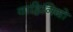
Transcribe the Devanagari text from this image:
वाहिनियो